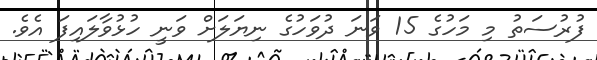
ފުރުސަތު މި މަހުގެ 15 ވަނަ ދުވަހުގެ ނިޔަލަށް ވަނީ ހުޅުވާލައިފަ އެވެ.